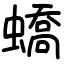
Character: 蟜